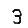
Digit: 3